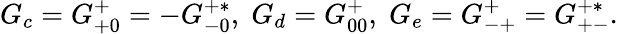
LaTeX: G_{c}=G_{+0}^{+}=-G_{-0}^{+*},\; G_{d}=G_{00}^{+},\; G_{e}=G_{-+}^{+}=G_{+-}^{+*}.